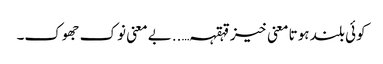
کوئی بلند ہوتا معنی خیز قہقہہ…..بے معنی نوک جھوک۔